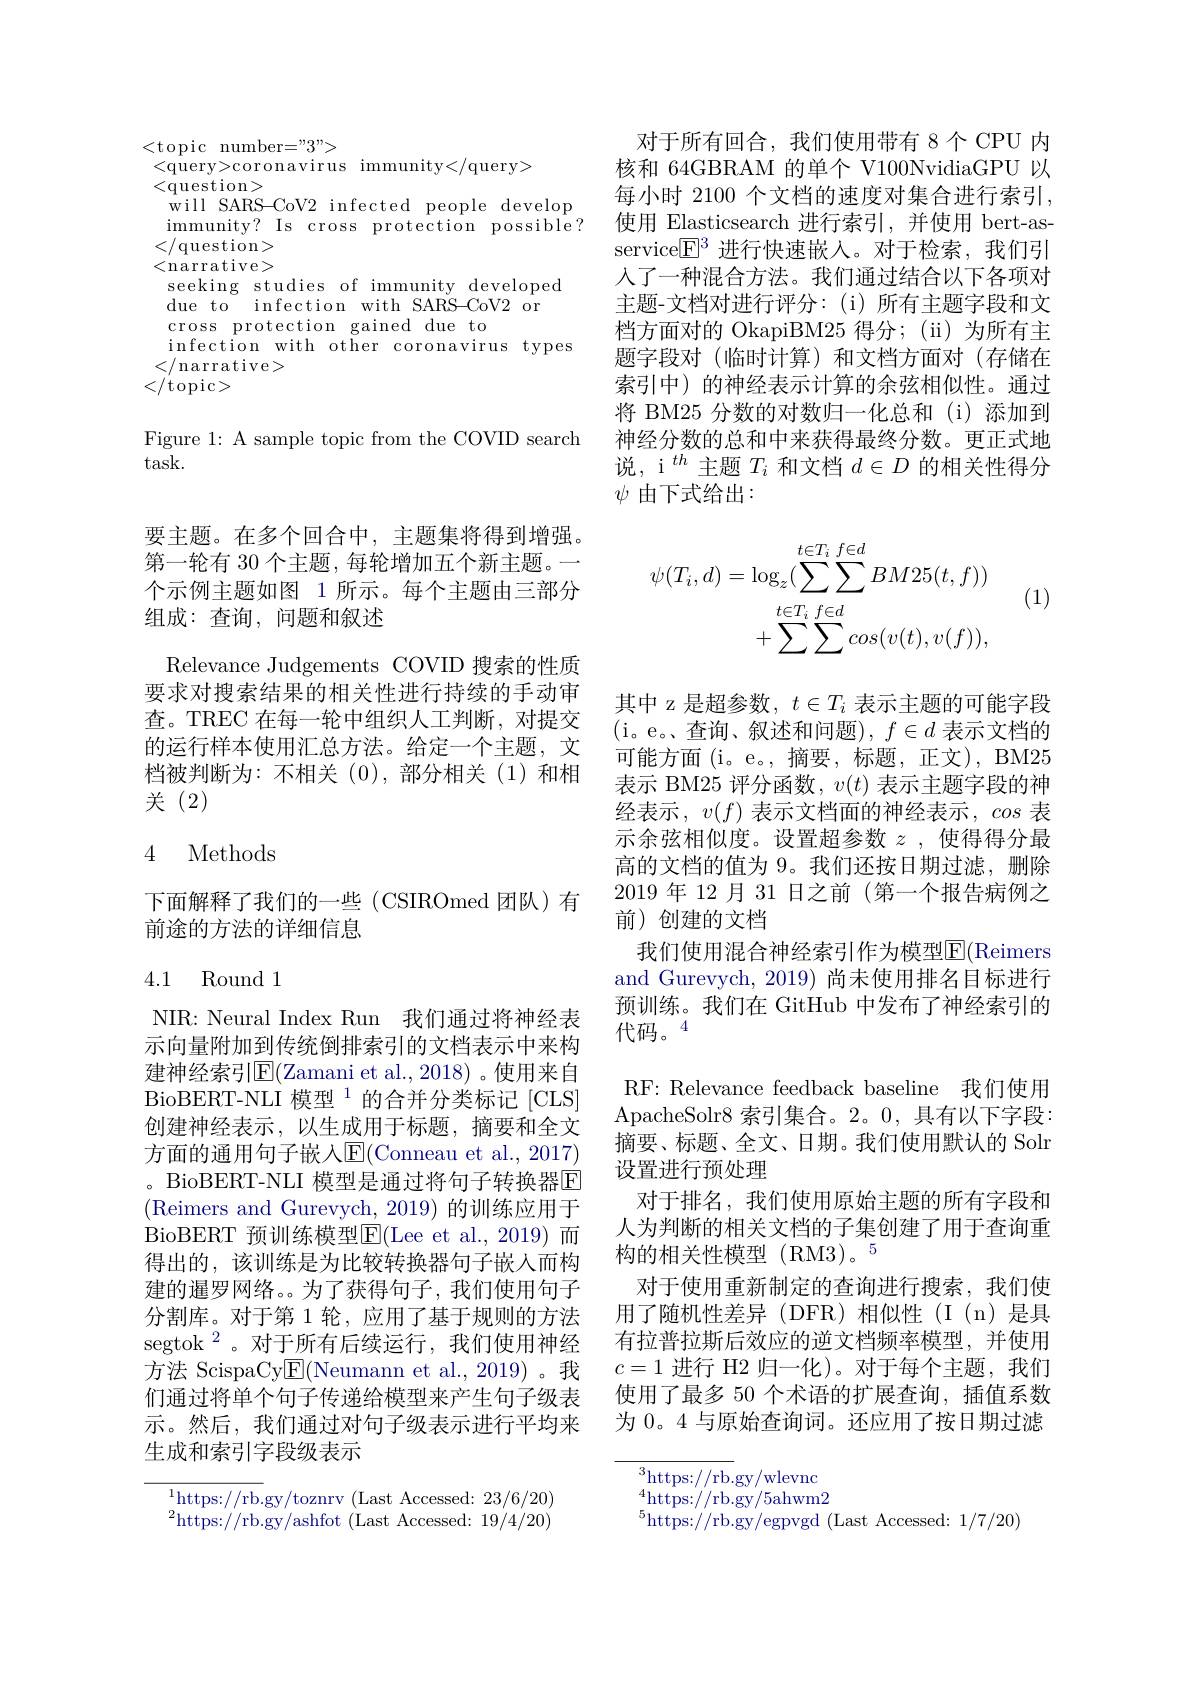
<topicnumber="3">
<query>coronavirus immunity</query>
<question>
will SARS-CoV2 infected people develop immunity? Is cross protection possible? </question> <narrative> seeking studies of immunity developed due to infection with SARS-CoV2 or cross protection gained due to
infection with other coronavirus types
</narrative>
</topic>

Figure 1: A sample topic from the COVID search
task.

要主题。在多个回合中，主题集将得到增强。第一轮有 30 个主题，每轮增加五个新主题。一个示例主题如图 1 所示。每个主题由三部分组成：查询，问题和叙述
Relevance Judgements COVID 搜索的性质要求对搜索结果的相关性进行持续的手动审查。TREC 在每一轮中组织人工判断，对提交的运行样本使用汇总方法。给定一个主题，文档被判断为：不相关(0),部分相关(1)和相关(2)

## 4 Methods

下面解释了我们的一些(CSIROmed团队)有
前途的方法的详细信息

## 4.1 Round1

NIR: Neural Index Run 我们通过将神经表示向量附加到传统倒排索引的文档表示中来构建神经索引E(Zamani et al.,2018)。使用来自BioBERT-NLI 模型$^{1}$的合并分类标记[CLS] 创建神经表示，以生成用于标题，摘要和全文方面的通用句子嵌入$\operatorname{E}($Conneau et al., 2017) 。BioBERT-NLI 模型是通过将句子转换器E (Reimers and Gurevych, 2019) 的训练应用于BioBERT 预训练模型E(Lee et al.,2019)而得出的，该训练是为比较转换器句子嵌人而构建的暹罗网络。。为了获得句子，我们使用句子分割库。对于第 1 轮，应用了基于规则的方法segtok$^{2}$。对于所有后续运行，我们使用神经方法 ScispaCy$\underline{\mathrm{E}}($Neumann et al.,2019)。我们通过将单个句子传递给模型来产生句子级表示。然后，我们通过对句子级表示进行平均来生成和索引字段级表示

$^{1}$https://rb.gy/toznrv (Last Accessed: 23/6/20) $^{2}$https://rb.gy/ashfot (Last Accessed: 19/4/20)

对于所有回合，我们使用带有 8个 CPU 内核和 64GBRAM 的单个 V100NvidiaGPU 以每小时 2100 个文档的速度对集合进行索引， 使用 Elasticsearch 进行索引，并使用 bert-asservice$\textcircled{\mathrm{E}}^3$进行快速嵌入。对于检索，我们引人了一种混合方法。我们通过结合以下各项对主题-文档对进行评分：(i)所有主题字段和文档方面对的 OkapiBM25 得分；(ii)为所有主题字段对(临时计算)和文档方面对(存储在索引中)的神经表示计算的余弦相似性。通过将 BM25 分数的对数归一化总和(i)添加到神经分数的总和中来获得最终分数。更正式地说，i$^{th}$主题$T_i$和文档$d\in D$的相关性得分$\psi$ 由下式给出：

(1)
$$\begin{aligned}\psi(T_{i},d)&=\log_{z}(\sum_{f\in d}^{t\in T_{i}}\sum_{f\in d}^{f\in d}BM25(t,f))\\&+\sum^{t\in T_{i}}\sum^{f\in d}cos(v(t),v(f)),\end{aligned}$$
其中 z 是超参数$,t\in T_i$表示主题的可能字段(i。e。、查询、叙述和问题$),f\in d$ 表示文档的可能方面(i。e。,摘要，标题，正文),BM250. 表示 BM25 评分函数，$v(t)$表示主题字段的神经表示，$v(f)$表示文档面的神经表示，cos表示余弦相似度。设置超参数$z$,使得得分最高的文档的值为 9。我们还按日期过滤，删除2019 年 12 月 31 日之前 (第一个报告病例之前)创建的文档
我们使用混合神经索引作为模型$\overline{\mathrm{E}}($Reimers and Gurevych, 2019) 尚未使用排名目标进行预训练。我们在 GitHub 中发布了神经索引的代码。$^{4}$
RF: Relevance feedback baseline 我们使用ApacheSolr8 索引集合。2。0,具有以下字段： 摘要、标题、全文、日期。我们使用默认的 Solr 设置进行预处理
对于排名，我们使用原始主题的所有字段和人为判断的相关文档的子集创建了用于查询重构的相关性模型(RM3)。5
对于使用重新制定的查询进行搜索，我们使用了随机性差异(DFR)相似性(I(n)是具有拉普拉斯后效应的逆文档频率模型，并使用$c=1$进行 H2 归一化)。对于每个主题，我们使用了最多 50 个术语的扩展查询，插值系数为0。4 与原始查询词。还应用了按日期过滤

$^3$https://rb.gy/wlevnc $^{4}$https://rb.gy/5ahwm2 $^{5}$https://rb.gy/egpvgd (Last Accessed: 1/7/20)